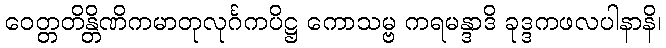
ဝေတ္တတိန္တိဏိကမာတုလုင်္ဂကပိဋ္ဌ ကောသမ္ဗ ကရမန္ဒာဒိ ခုဒ္ဒကဖလပါနာနိ၊